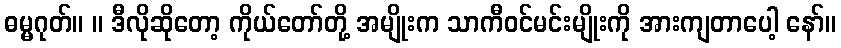
ဓမ္မဂုတ်။ ။ ဒီလိုဆိုတော့ ကိုယ်တော်တို့ အမျိုးက သာကီဝင်မင်းမျိုးကို အားကျတာပေါ့ နော်။